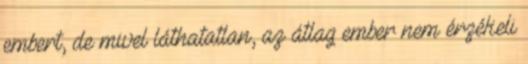
embert, de mivel láthatatlan, az átlag ember nem érzékeli